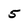
Character: 5